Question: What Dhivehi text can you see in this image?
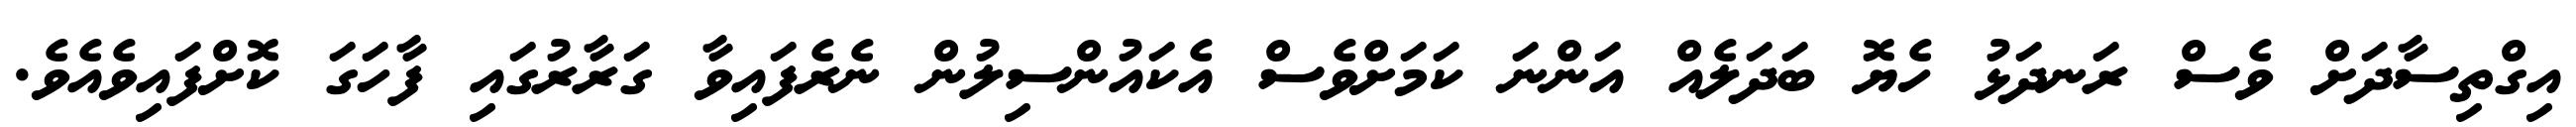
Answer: އިގްތިސާދަށް ވެސް ރަނދަޅު ހެޔޮ ބަދަލެއް އަންނަ ކަމަށްވެސް އެކައުންސިލުން ނެރެފައިވާ ގަރާރުގައި ފާހަގަ ކޮށްފައިވެއެވެ.